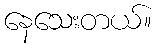
နေသေးတယ်။